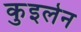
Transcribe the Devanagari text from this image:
कुइलेन